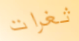
ثغرات